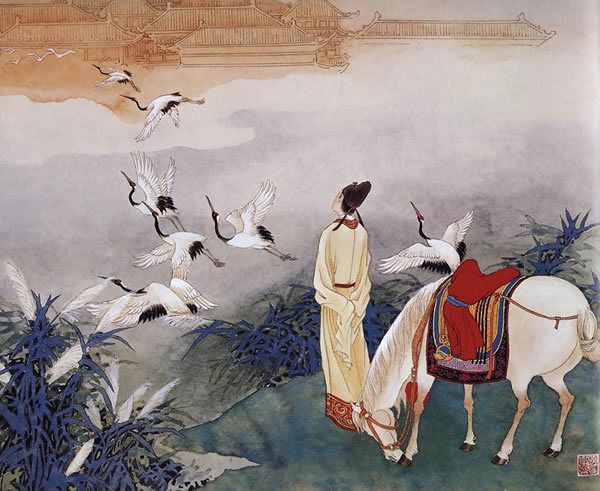
离多最是，东西流水，终解两相逢。